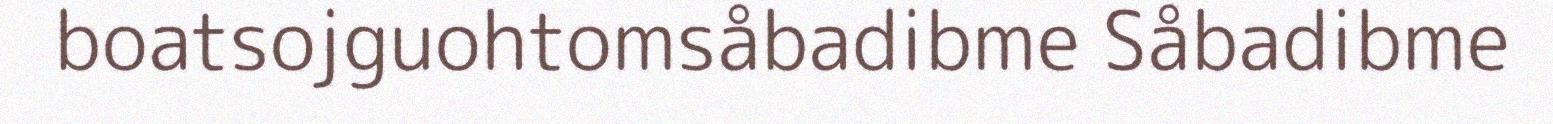
boatsojguohtomsåbadibme Såbadibme